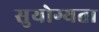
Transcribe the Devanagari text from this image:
सुयोग्यता